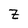
Character: Z